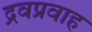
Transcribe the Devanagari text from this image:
द्रवप्रवाह